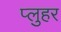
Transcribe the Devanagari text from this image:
प्लुहर